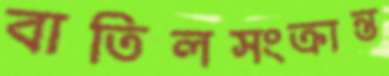
বাতিলসংক্রান্ত